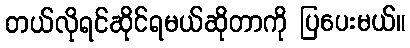
တယ်လိုရင်ဆိုင်ရမယ်ဆိုတာကို ပြပေးမယ်။